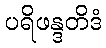
ပရိဖန္ဒတိဒံ